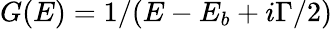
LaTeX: G(E)=1/(E-E_{b}+i\Gamma/2)